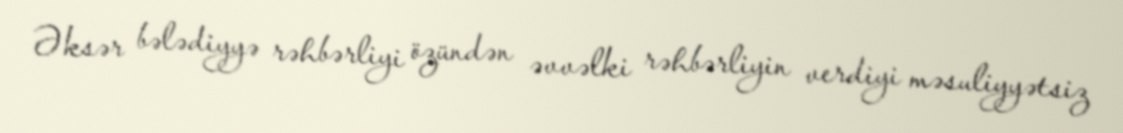
Əksər bələdiyyə rəhbərliyi özündən əvvəlki rəhbərliyin verdiyi məsuliyyətsiz